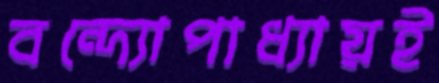
বন্দ্যোপাধ্যায়ই